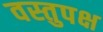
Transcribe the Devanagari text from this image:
वस्तुपक्ष